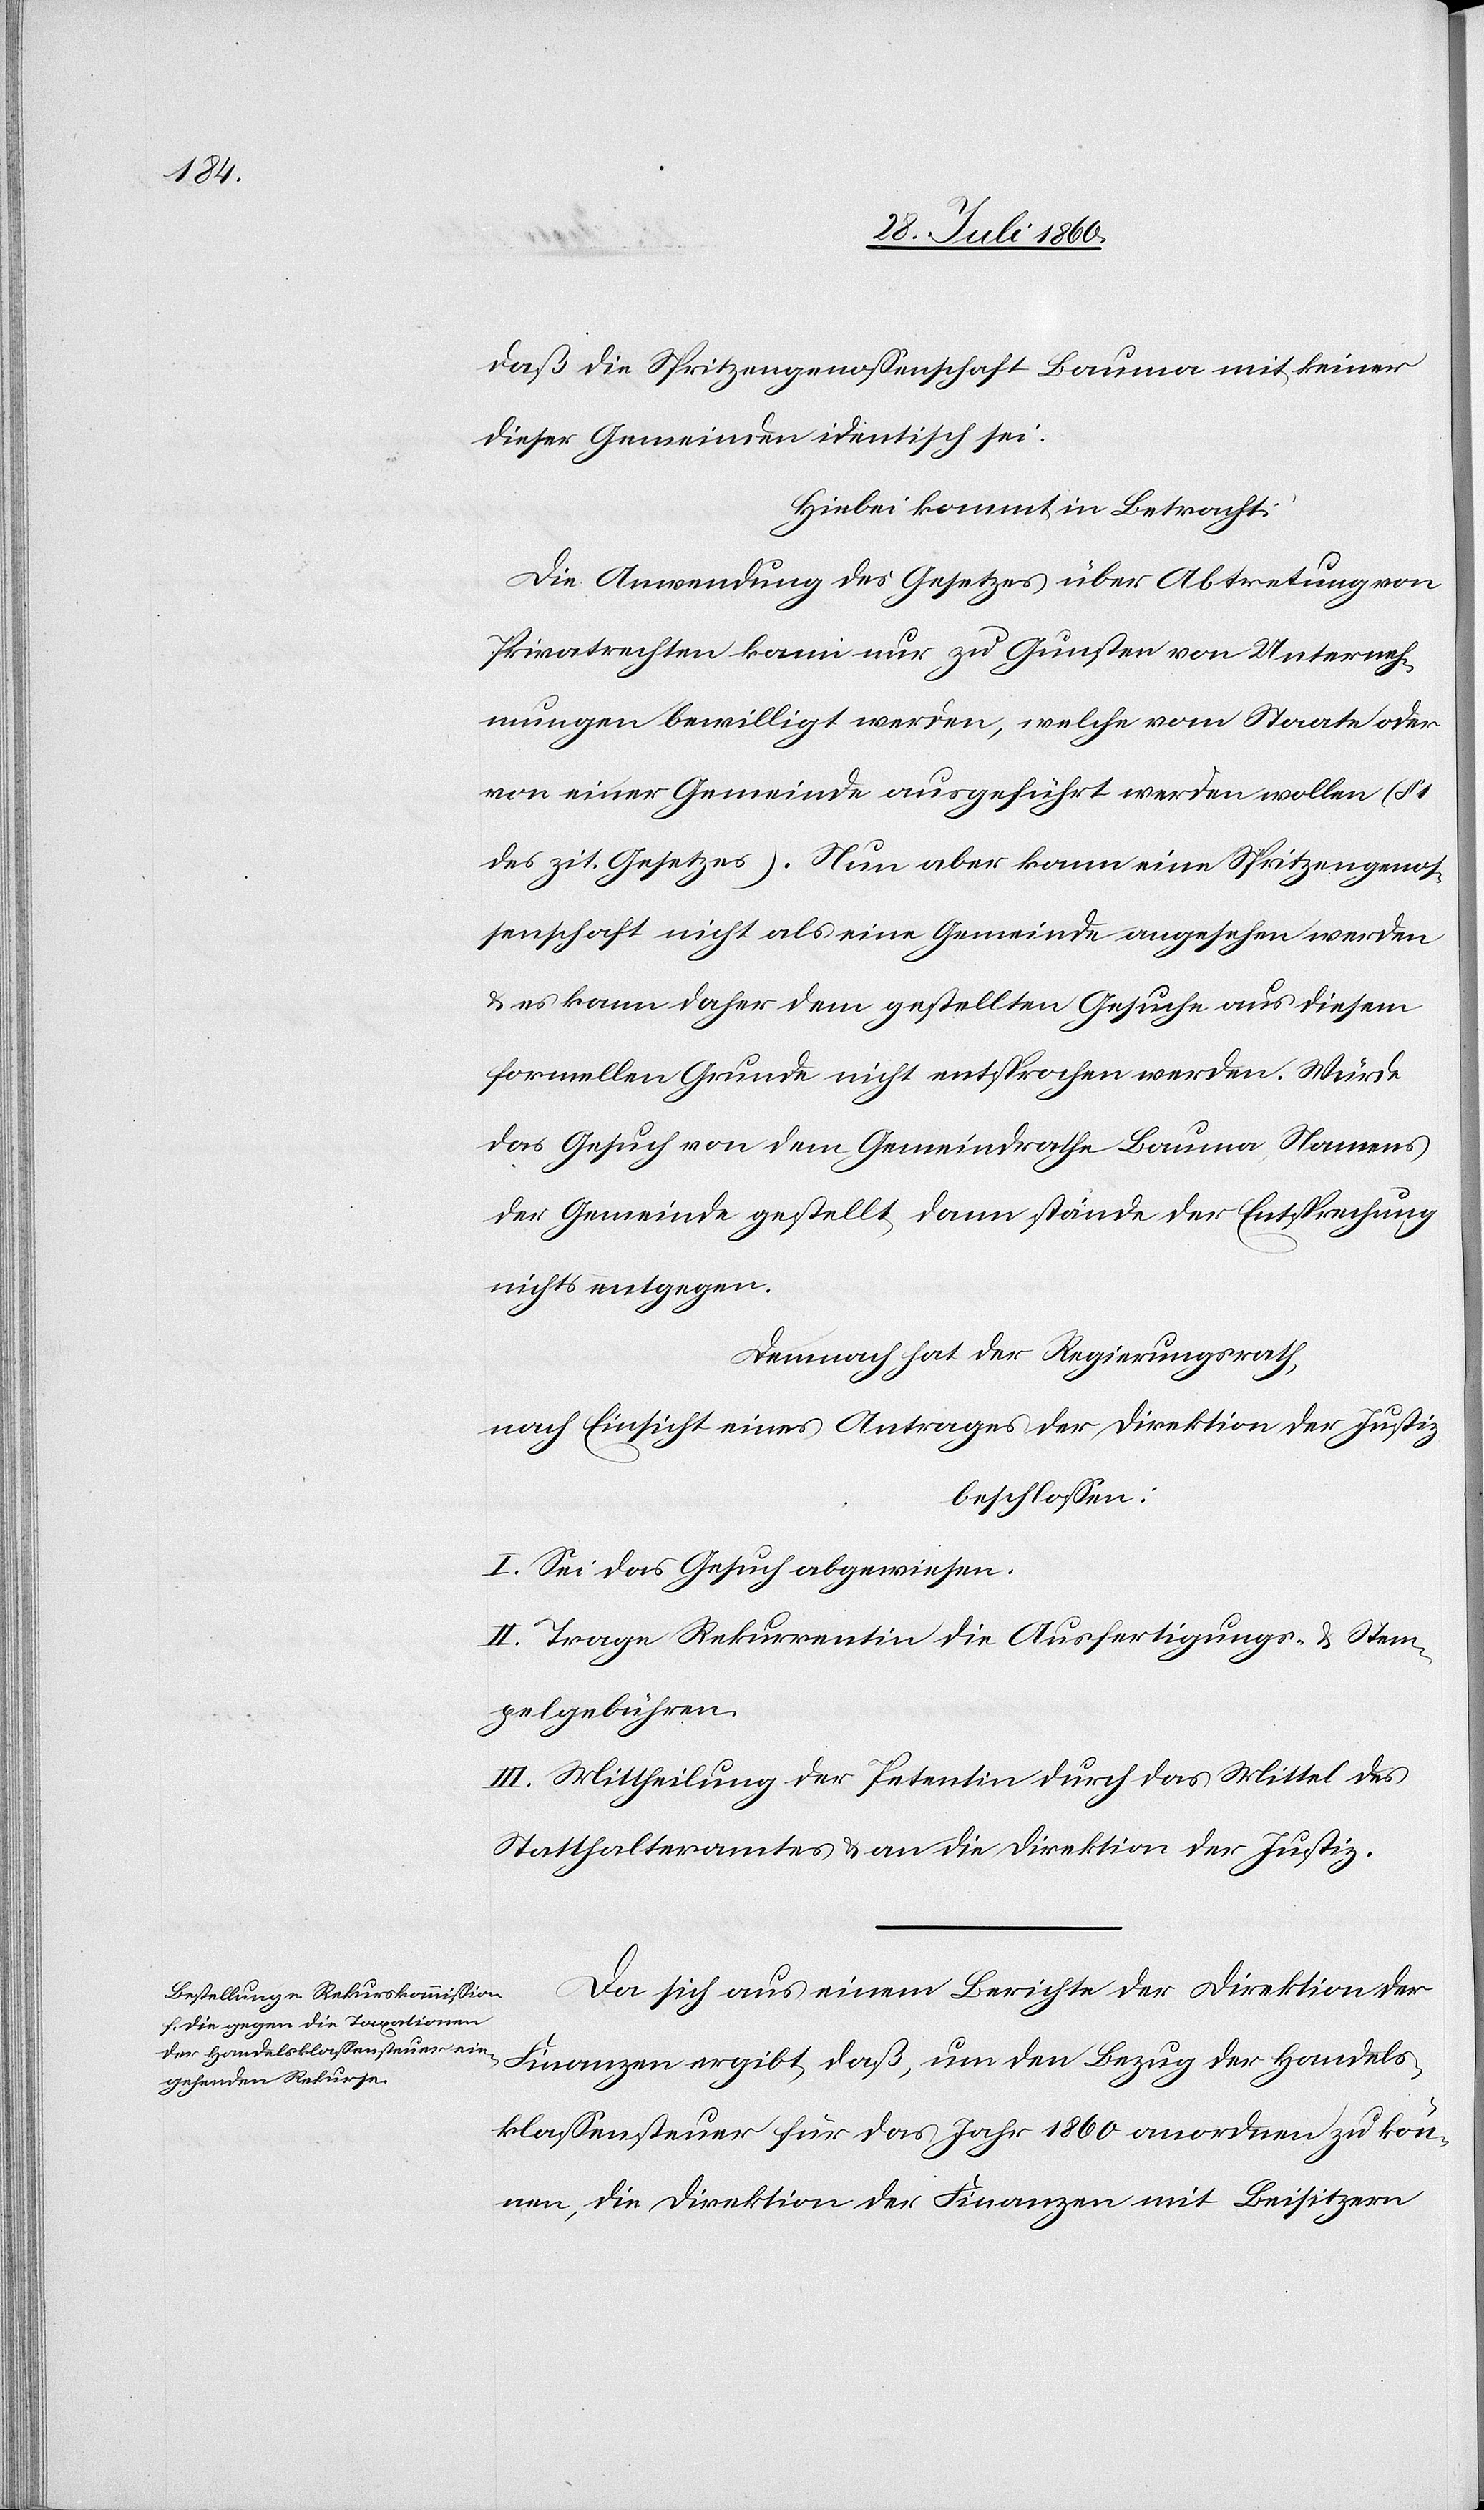
dass die Spritzengenossenschaft Bauma mit keiner
dieser Gemeinde identisch sei.
Hiebei kommt in Betracht:
Die Anwendung des Gesetzes über Abtretung von
Privatrechten kann nur zu Gunsten von Unterneh¬
mungen bewilligt werden, welche vom Staate oder
von einer Gemeinde angeführt werden wollen.
des cit. Gesetzes]. Nun aber kann eine Spritzengenos¬
senschaft nicht als eine Gemeinde angesehen werden
u. es kann daher dem gestellten Gesuche aus diesem
formellen Grunde nicht entsprochen werden. Würde
das Gesuch von dem Gemeindrathe Bauma, Namens
der Gemeinde gestellt, dann stünde der Entsprechung
nichts entgegen.
Demnach hat der Regierungsrath,
nach Einsicht eines Antrages der Direktion der Justiz,
beschlossen:
I. Sei das Gesuch abgewiesen.
II. Trage Rekurrent die Ausfertigungs- u. Stem¬
pelgebühren.
III. Mittheilung der Petentin durch das Mittel des
Statthalteramtes u. an die Direktion der Justiz.
Da sich aus einem Berichte der Direktion der
Finanzen ergibt, dass, um den Bezug der Handels¬
klassensteuer für das Jahr 1860 anordnen zu kön¬
nen, die Direktion der Finanzen mit Beisitzern